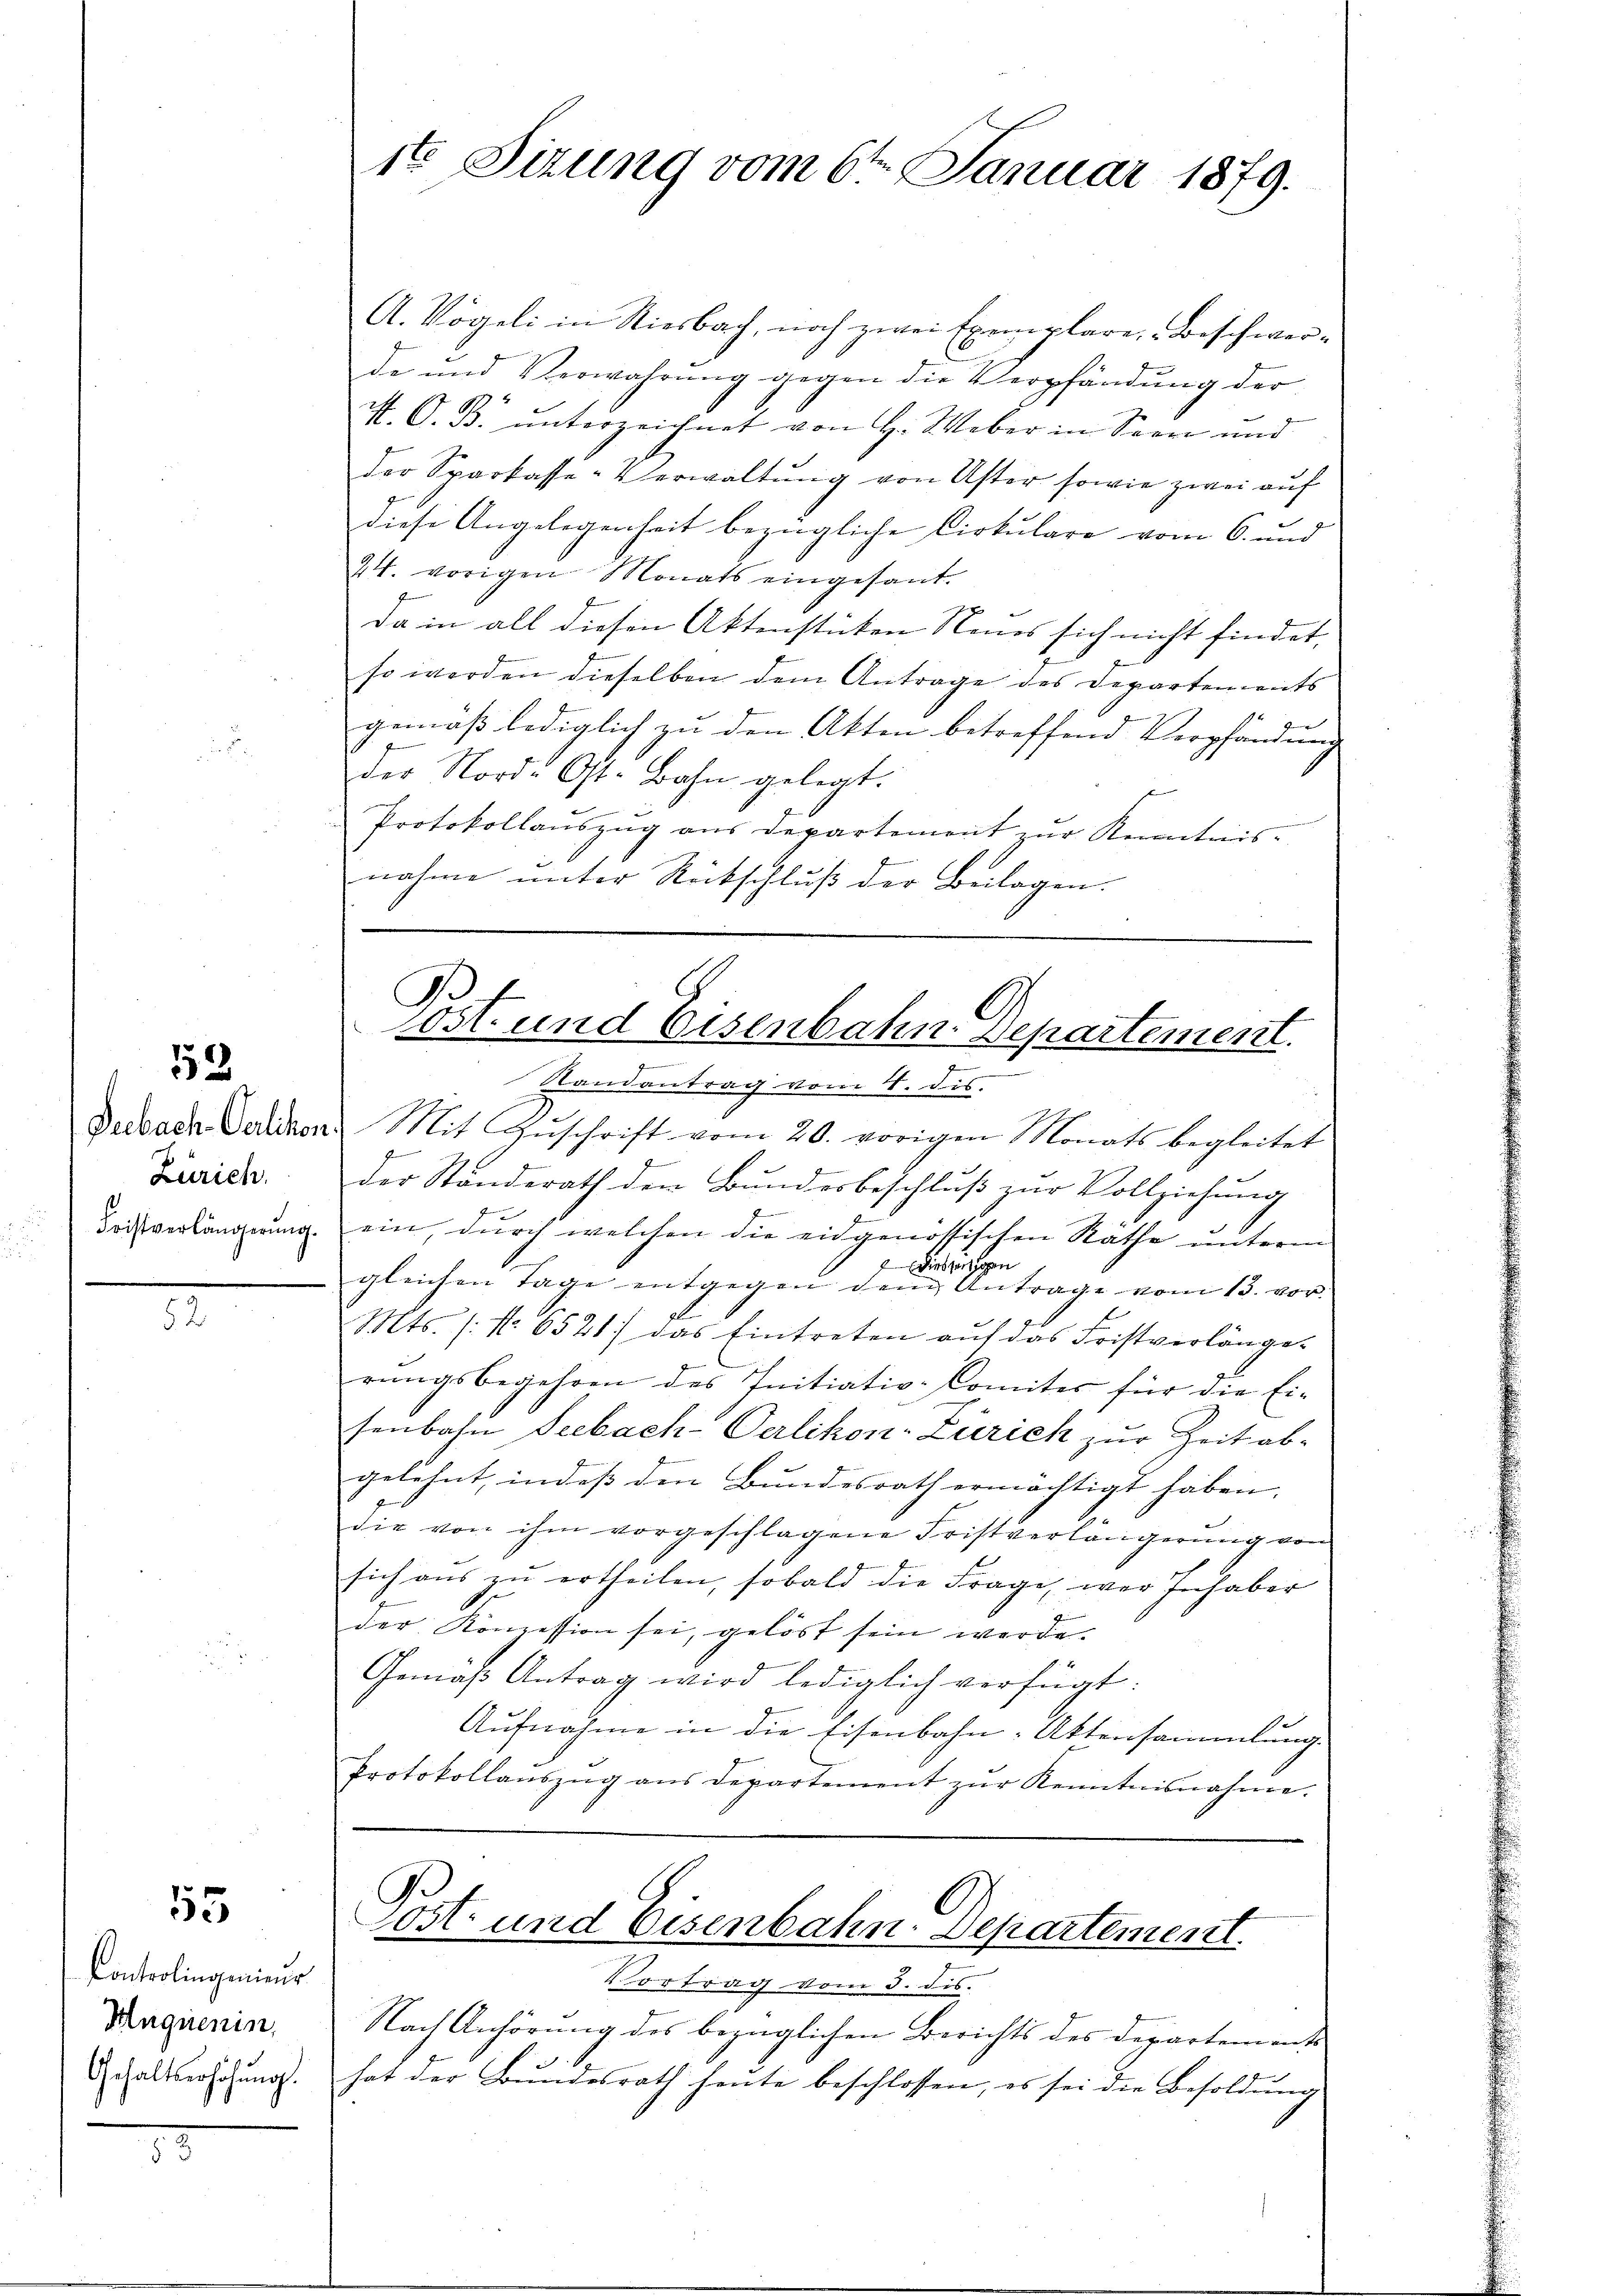
12

Zürich.

55

Controlingenieur
Mnquenin,
Gehaltserhöhung.

A. Vögeli in Riesbach, noch zwei Exemplare Beschwerda und Verwahrŭng gegen die Verpfändung der
N. O. B. unterzeichnet von H. Weber in Seere und
der Sparkasse-Verwaltŭng von Uster sowie zwei aŭf
diese Angelegenheit bezügliche Cirkulare vom 6. und
24. vorigen Monats eingesant.
Da in all diesen Aktenstücken Neues sich nicht findet,
so werden dieselben dem Antrage des Departements
gemäß lediglich zu den Akten betreffend Verpfändung
der Nord-Ost. Bahn gelegt.
s
Protokollaŭszŭg ans Departement zŭr Kenntnis-
e
nahme unter Rückschluß der Beilagen.

1te Sizung vom 6ten Januar 1879.

B
ost und Eisenbahn. Departement.
.
Randantrag vom 4. dis.

Debader Volken. Mit Zŭschrift vom 20. vorigen Monats begleitet
s
b
der Standerath dem Bundesbeschluß zur Vollziehung
z
Bochsverlängerung ein, durch welchen die eidgenössischen Räthe unterm
seisten
2 die
gleichen Tage entgegen dem Antrage vom 13. vor.
Mts. (: No 6521) das Eintreten aŭf das Fristverlänge-
rŭngsbegehren des Initiativ-Comiter für die Ei-
senbahn Seebach-Oerlikon-Zürich zur Zeit ab-
gelehnt, indeß den Bundesrath ermächtigt haben,
die von ihm vorgeschlagene Fristverlängerung von
sich aŭs zŭ ertheilen, sobald die Frage, war Inhaber
der Konzession sei, gelöst sein werde.
Gemäß Antrag wird lediglich verfügt:
.
Aufnahme in die Eisenbahn-Aktensammlung
Protokollaŭszŭg aŭs departement zŭr Kenntnisnahme.
Post- und Eisenbahn Departement.
Vortrag vom 3. dis.
Nach Anhörung des bezüglichen Berichts des Departements
hat der Bŭndesrath heute beschlossen, es sei die Besoldŭng